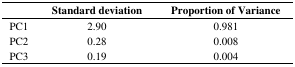
|  | Standard deviation | Proportion of Variance |
 | --- | --- | --- |
 | PC1 | 2.90 | 0.981 |
 | PC2 | 0.28 | 0.008 |
 | PC3 | 0.19 | 0.004 |